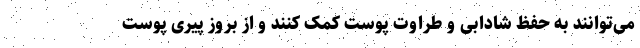
می‌توانند به حفظ شادابی و طراوت پوست کمک کنند و از بروز پیری پوست